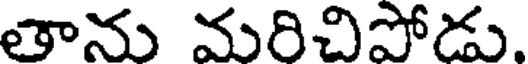
తాను మరిచిపోడు.